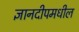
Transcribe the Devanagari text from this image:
ज्ञानदीपमधील